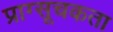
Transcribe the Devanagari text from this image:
प्राग्सूचकता